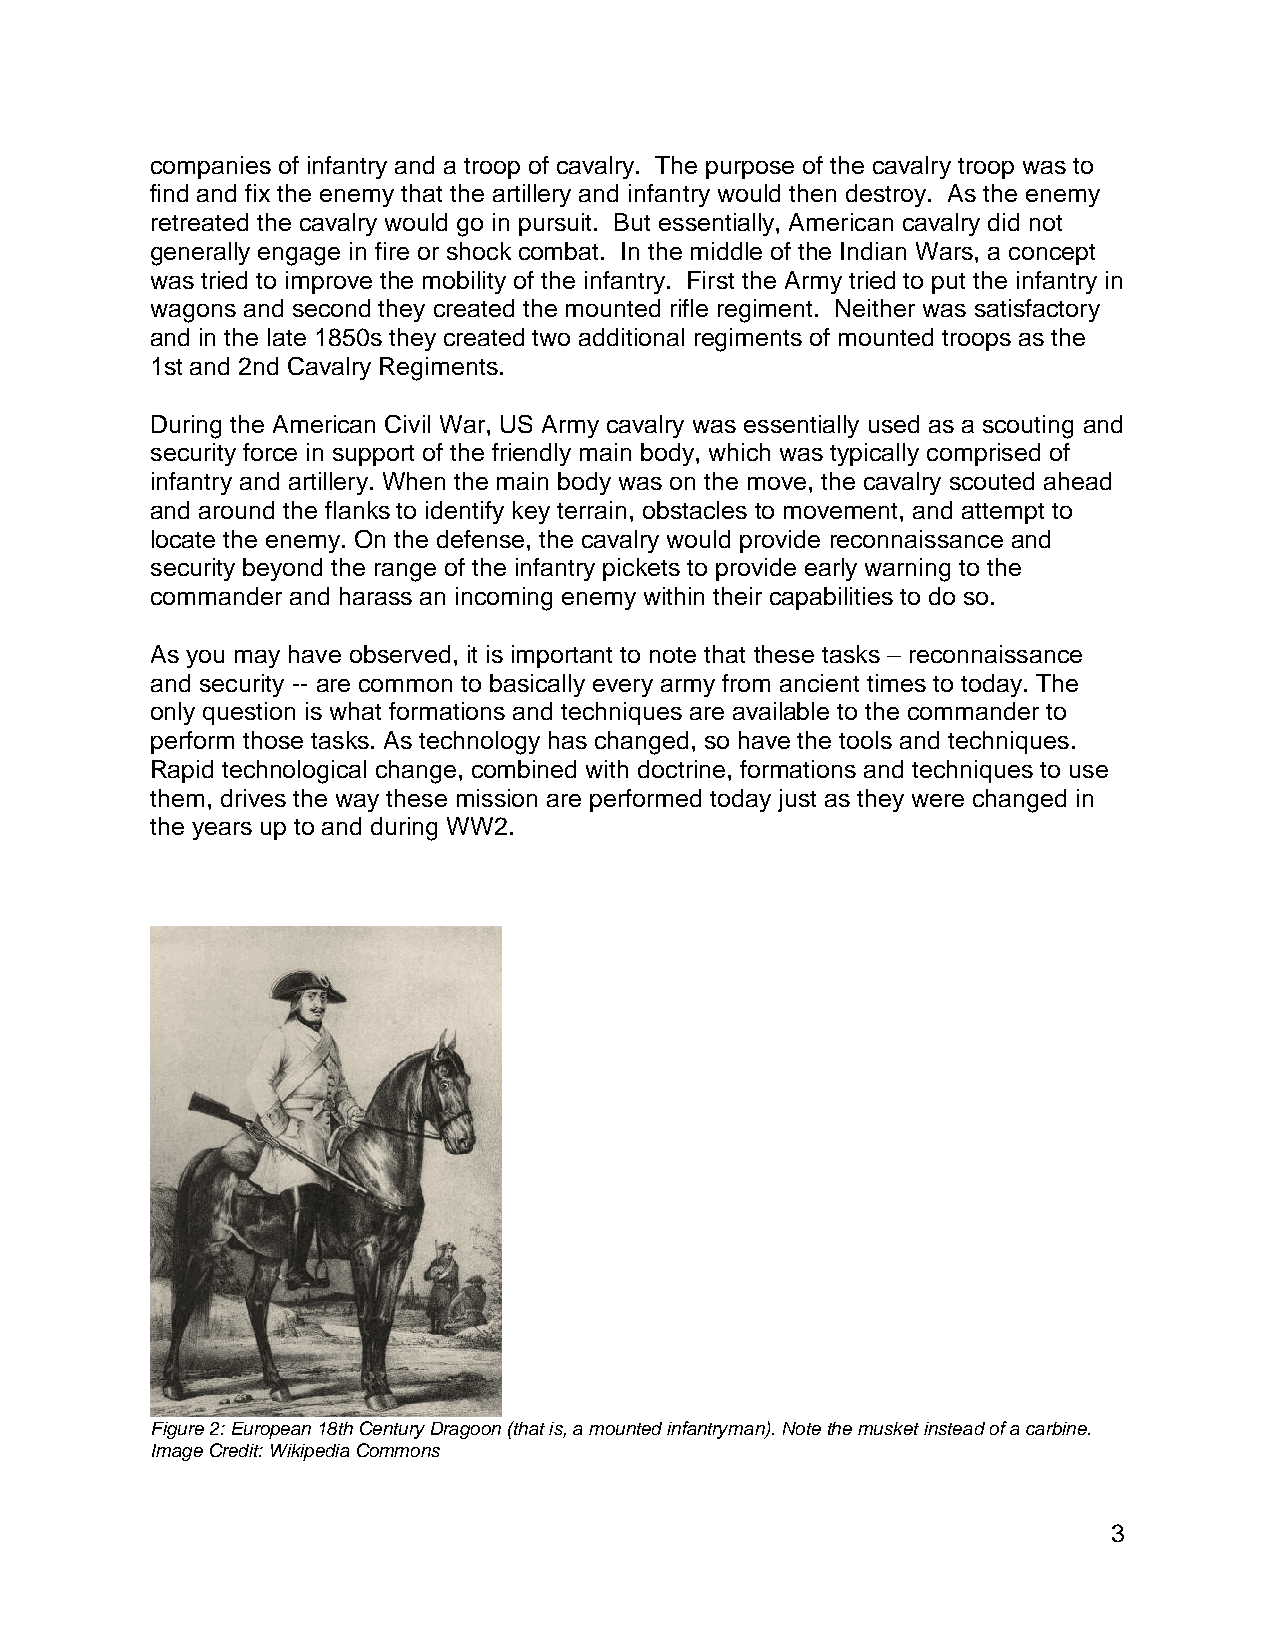
companies of infantry and a troop of cavalry. The purpose of the cavalry troop was to
 find and fix the enemy that the artillery and infantry would then destroy. As the enemy
 retreated the cavalry would go in pursuit. But essentially, American cavalry did not
 generally engage in fire or shock combat. In the middle of the Indian Wars, a concept
 was tried to improve the mobility of the infantry. First the Army tried to put the infantry in
 wagons and second they created the mounted rifle regiment. Neither was satisfactory
 and in the late 1850s they created two additional regiments of mounted troops as the
 1st and 2nd Cavalry Regiments.
 During the American Civil War, US Army cavalry was essentially used as a scouting and
 security force in support of the friendly main body, which was typically comprised of
 infantry and artillery. When the main body was on the move, the cavalry scouted ahead
 and around the flanks to identify key terrain, obstacles to movement, and attempt to
 locate the enemy. On the defense, the cavalry would provide reconnaissance and
 security beyond the range of the infantry pickets to provide early warning to the
 commander and harass an incoming enemy within their capabilities to do so.
 As you may have observed, it is important to note that these tasks – reconnaissance
 and security -- are common to basically every army from ancient times to today. The
 only question is what formations and techniques are available to the commander to
 perform those tasks. As technology has changed, so have the tools and techniques.
 Rapid technological change, combined with doctrine, formations and techniques to use
 them, drives the way these mission are performed today just as they were changed in
 the years up to and during WW2.
 Figure 2: European 18th Century Dragoon (that is, a mounted infantryman). Note the musket instead of a carbine.
 Image Credit: Wikipedia Commons
 3